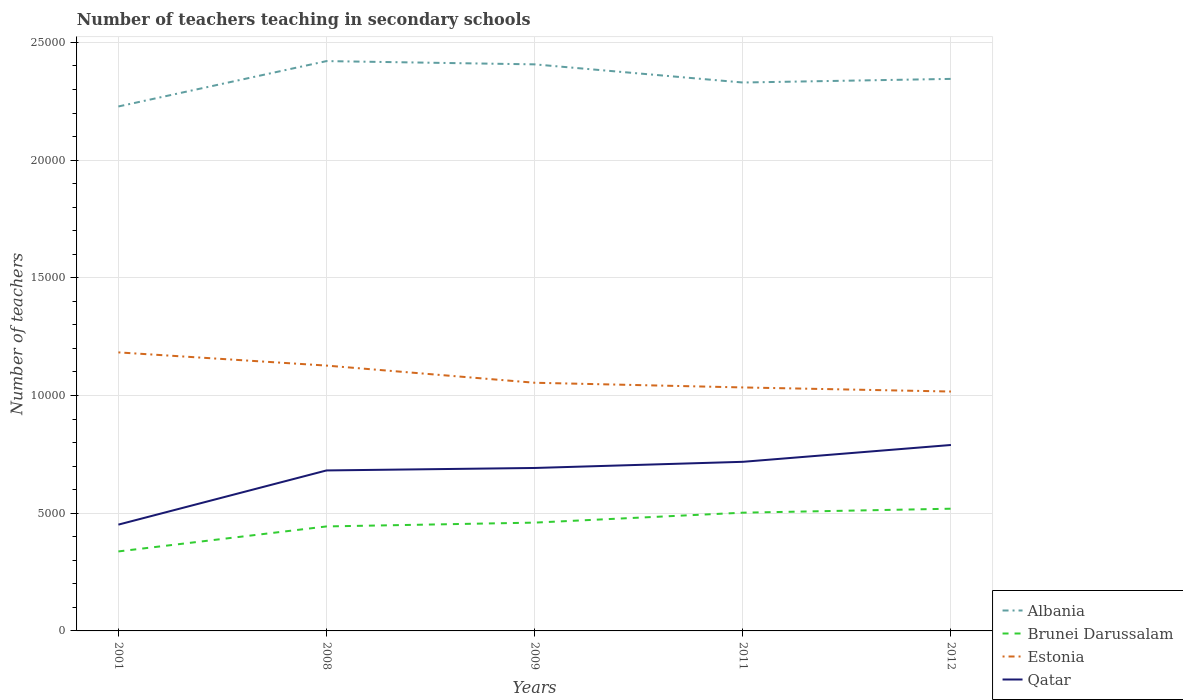
| Years | Albania | Brunei Darussalam | Estonia | Qatar |
 | --- | --- | --- | --- | --- |
 | 2001 | 2.23e+04 | 3.38e+03 | 1.18e+04 | 4.52e+03 |
 | 2008 | 2.42e+04 | 4.44e+03 | 1.13e+04 | 6.82e+03 |
 | 2009 | 2.41e+04 | 4.6e+03 | 1.05e+04 | 6.92e+03 |
 | 2011 | 2.33e+04 | 5.02e+03 | 1.03e+04 | 7.18e+03 |
 | 2012 | 2.35e+04 | 5.19e+03 | 1.02e+04 | 7.9e+03 |